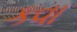
કવા